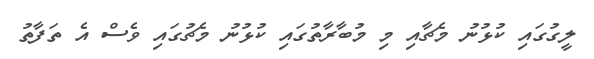
ލީގުގައި ކުޅުނު މެޗާއި މި މުބާރާތުގައި ކުޅުނު މެޗުގައި ވެސް އެ ތަފާތު